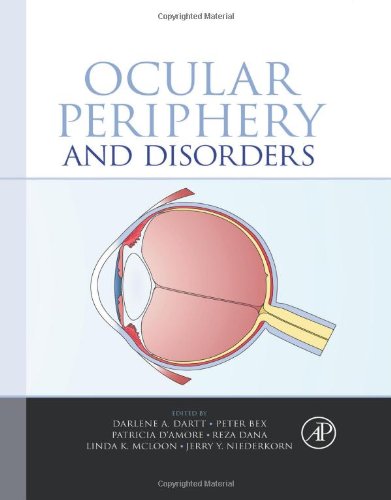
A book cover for Ocular Periphery and Disorders; Medical Books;